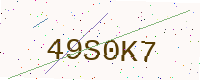
Text: 49S0K7